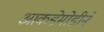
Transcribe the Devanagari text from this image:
आकडेमोडीने